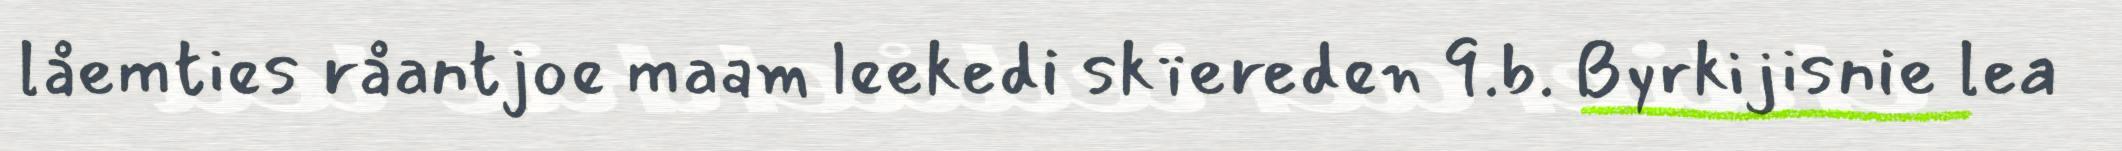
låemties råantjoe maam leekedi skïereden 9.b. Byrkijisnie lea